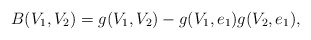
\begin{align*}B(V_1,V_2)=g(V_1,V_2)-g(V_1,e_1)g(V_2,e_1),\end{align*}